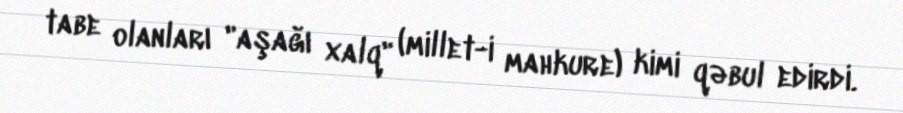
tabe olanları "aşağı xalq" (millet-i mahkure) kimi qəbul edirdi.